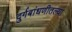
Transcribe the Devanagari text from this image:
दुर्गबांधणीतल्या